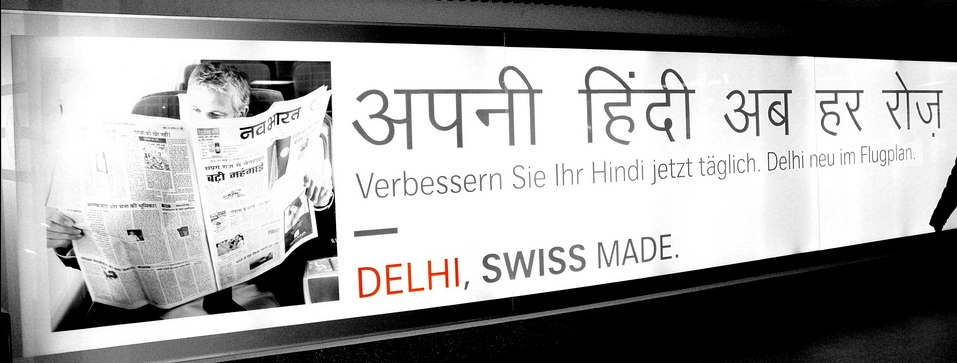
Language: hindi
Transcription: अब हर नवभारत हिंदी अपनी रोज